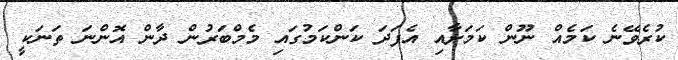
ކުރެވޭނެ ކަމެއް ނޫން ކަމަށާއި އެފަދަ ކަންކަމުގައި މެމްބަރުން ދާން އޮންނަ ތަނަކީ